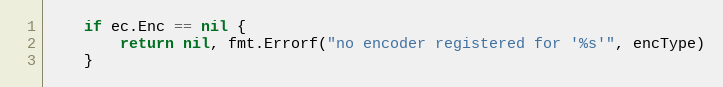
Language: Go
	if ec.Enc == nil {
		return nil, fmt.Errorf("no encoder registered for '%s'", encType)
	}